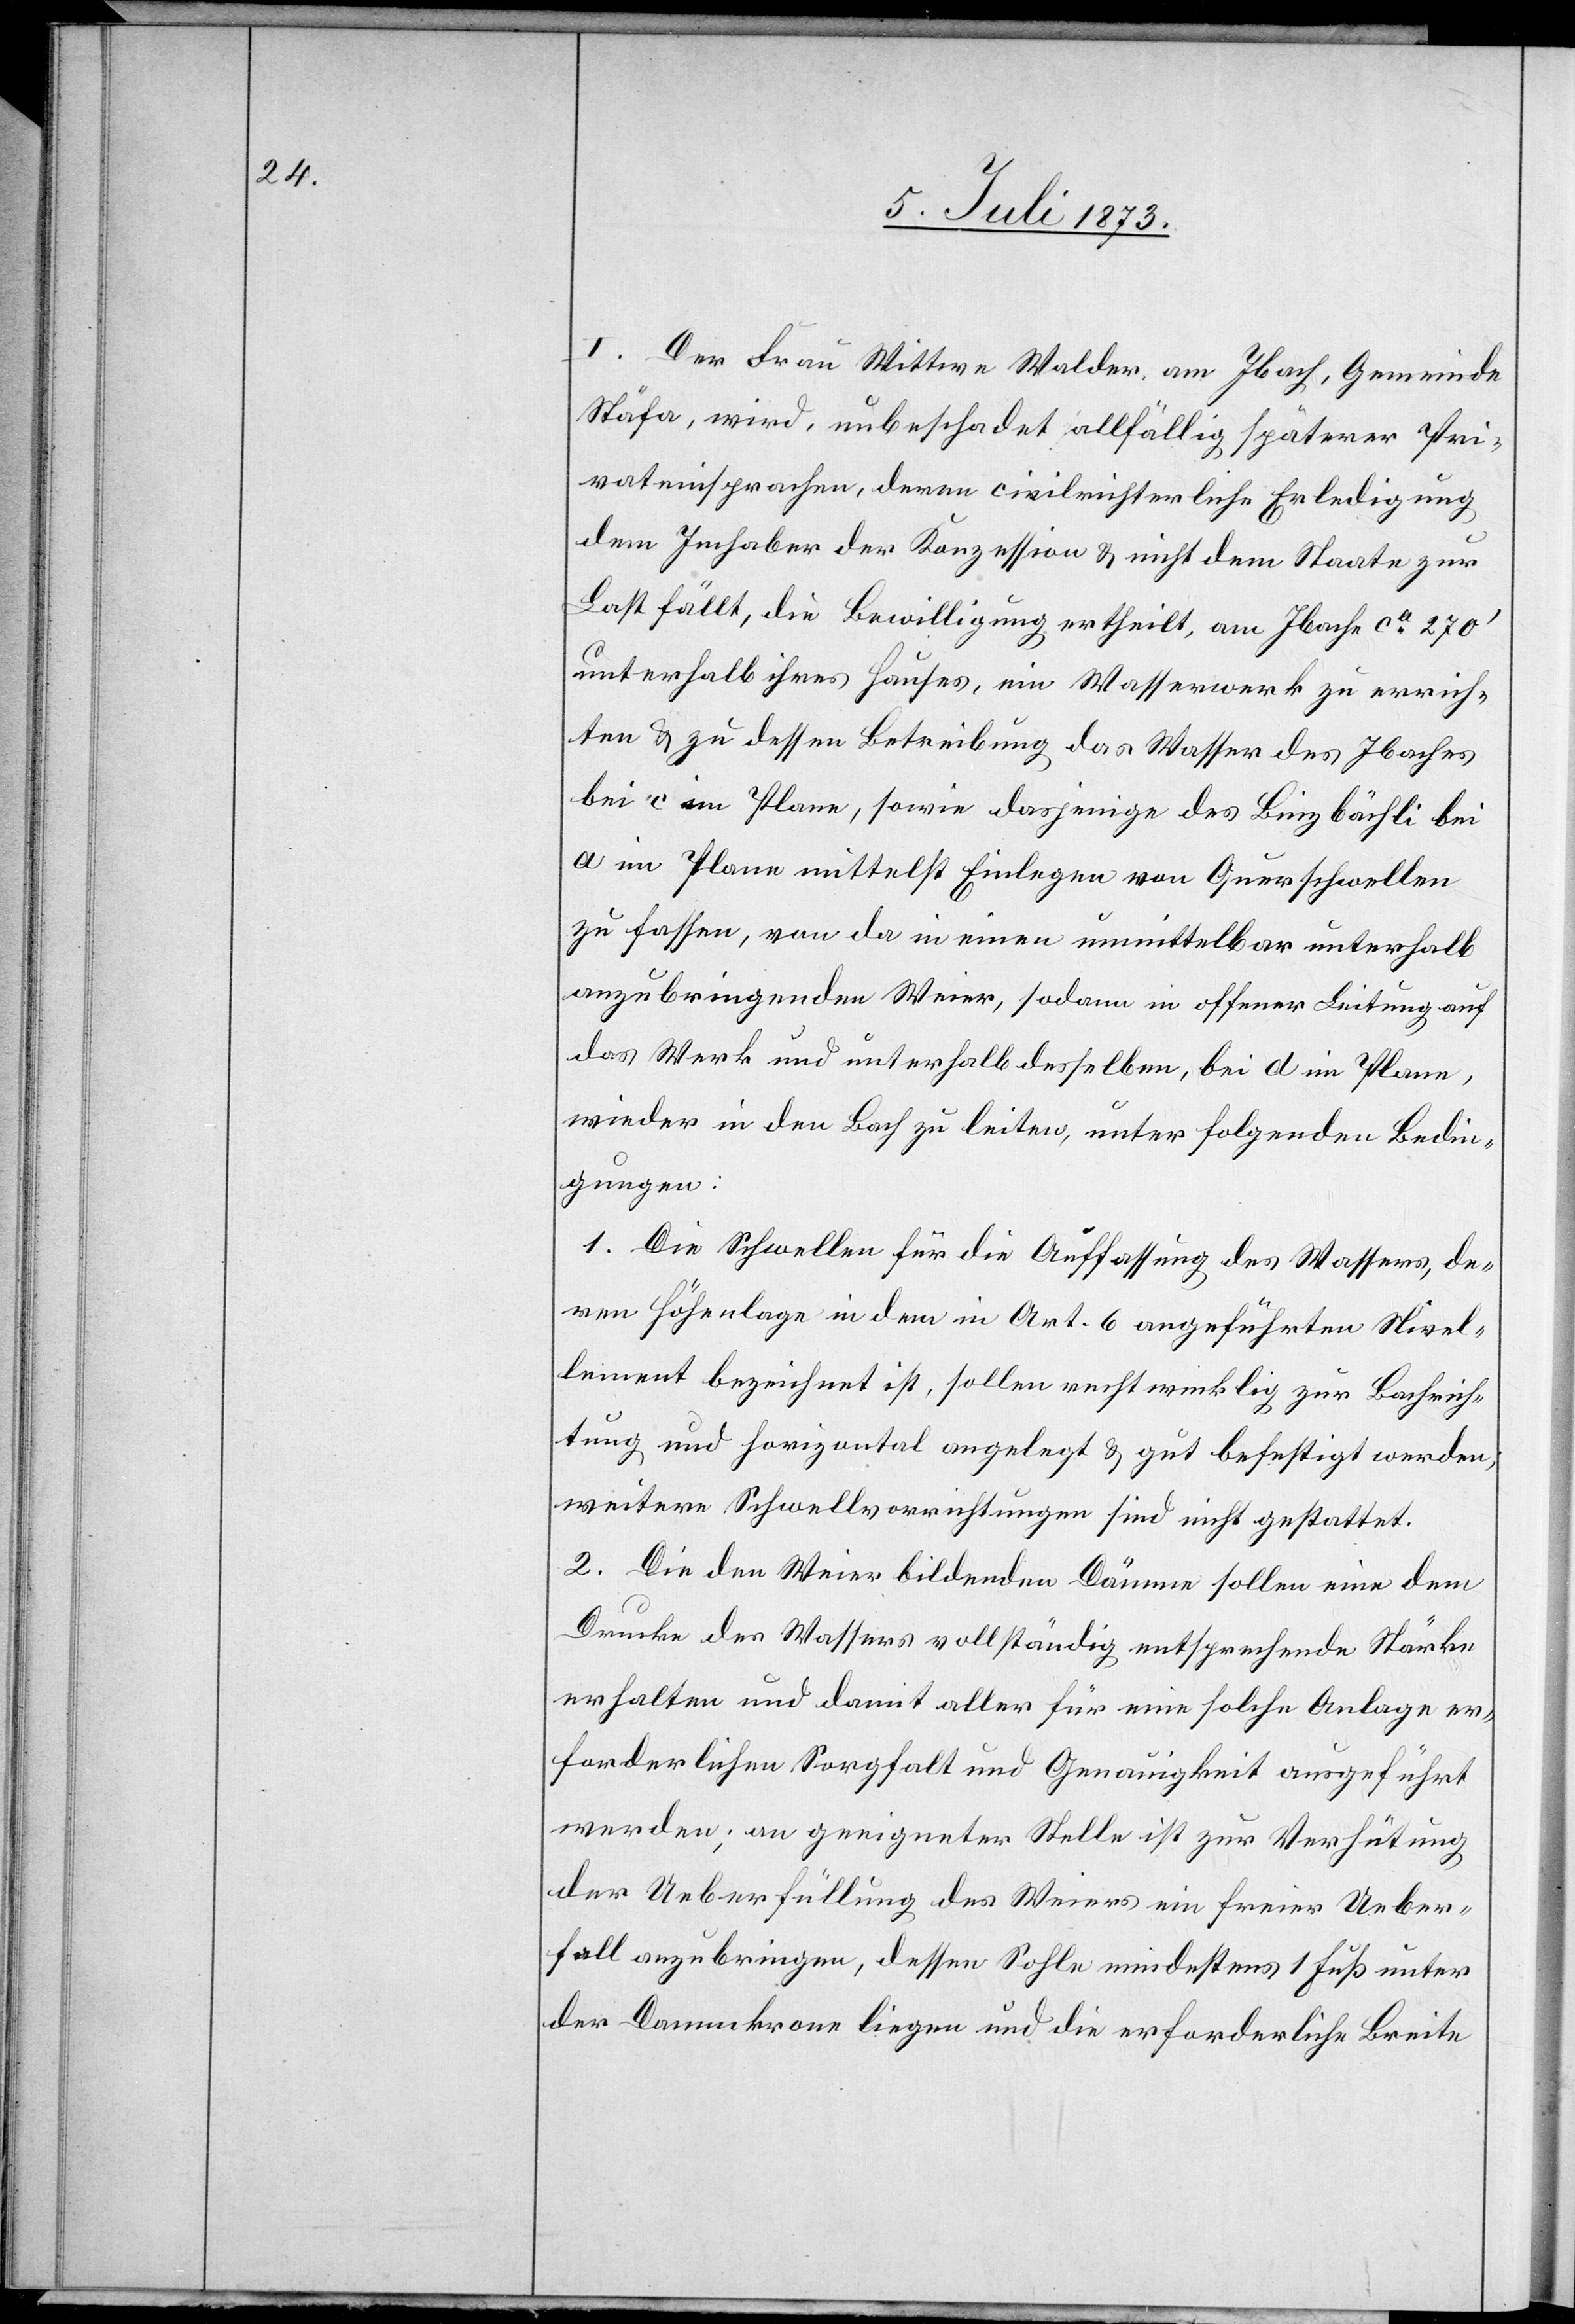
I. Der Frau Wittwe Walder, am Ibach, Gemeinde
Stäfa, wird, unbeschadet allfällig späterer Pri¬
vateinsprachen deren civilrichterliche Erledigung
dem Inhaber der Konzession & nicht dem Staate zur
Last fällt, die Bewilligung ertheilt, am Ibach ca 270‘
unterhalb ihres Hauses, ein Wasserwerk zu errich¬
ten & zu dessen Betreibung das Wasser des Ibaches
bei c im Plane, sowie dasjenige des Binzbächli bei
a im Plane mittelst Einlegen von Querschwellen
zu fassen, von da in einen unmittelbar unterhalb
anzubringenden Weier, sodann in offener Leitung auf
das Werk und unterhalb desselben, bei d im Plane,
wieder in den Bach zu leiten, unter folgenden Bedin¬
gungen:
1. Die Schwellen für die Auffassung des Wassers, de¬
ren Höhenlage in dem in Art. 6 angeführten Nivel¬
lement bezeichnet ist, sollen rechtwinklig zur Bachrich¬
tung und horizontal angelegt & gut befestigt werden;
weitere Schwellvorrichtungen sind nicht gestattet.
2. Die den Weier bildenden Dämme sollen eine dem
Drucke des Wassers vollständig entsprechende Stärke
erhalten und damit aller für eine solche Anlage er¬
forderlichen Sorgfalt und Genauigkeit ausgeführt
werden; an geeigneter Stelle ist zur Verhütung
der Ueberfüllung des Weiers ein freier Ueber¬
fall anzubringen, dessen Sohle mindestens 1 Fuß unter
der Dammkrone liegen und die erforderliche Breite